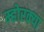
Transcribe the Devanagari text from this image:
म्होरक्‍या